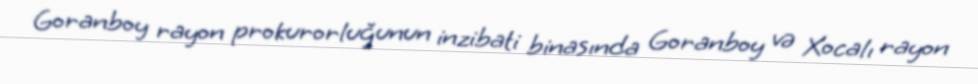
Goranboy rayon prokurorluğunun inzibati binasında Goranboy və Xocalı rayon